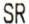
SR